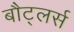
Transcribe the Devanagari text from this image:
बौट्लर्स